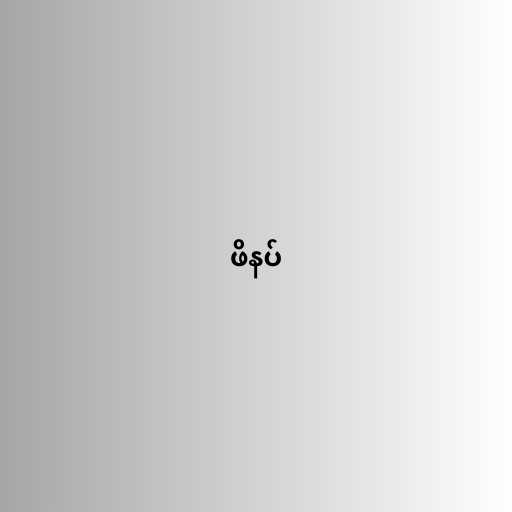
ဖိနပ်